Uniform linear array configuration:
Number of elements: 8
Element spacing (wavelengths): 0.25
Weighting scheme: kaiser
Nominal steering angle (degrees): -60
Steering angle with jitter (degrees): -58.123
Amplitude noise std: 0.05
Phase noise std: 0.05

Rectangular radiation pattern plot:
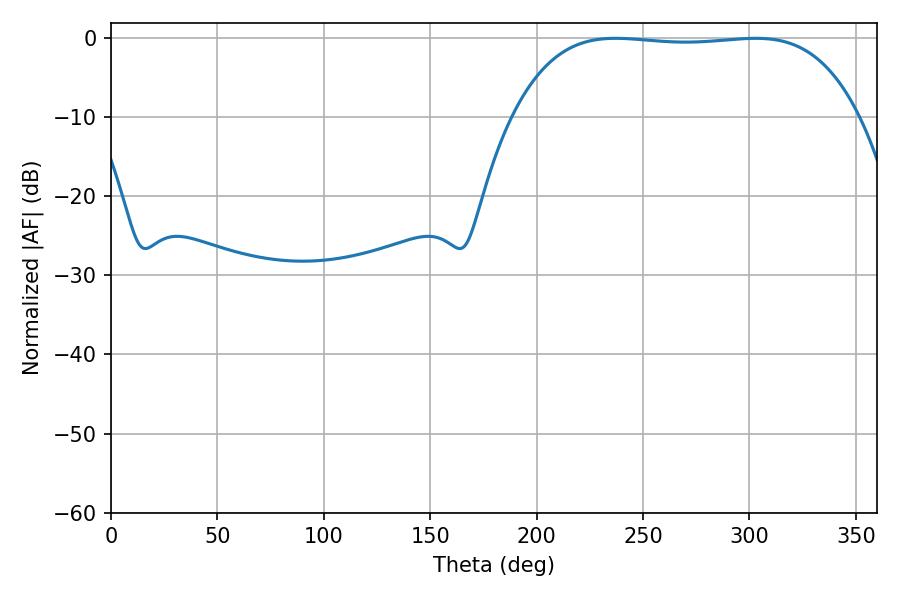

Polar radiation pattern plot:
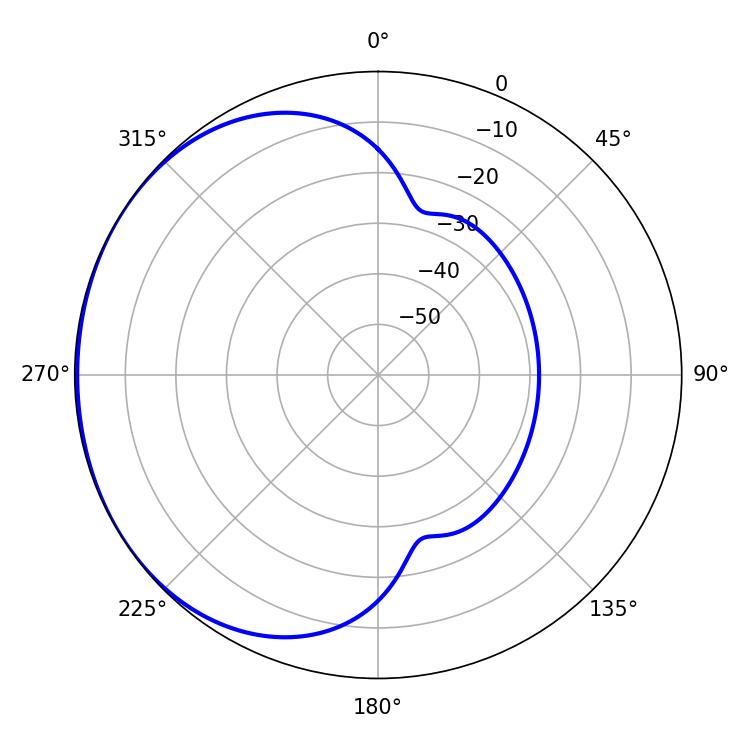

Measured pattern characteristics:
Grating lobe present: FALSE
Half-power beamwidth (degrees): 127.08
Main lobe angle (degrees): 237.06